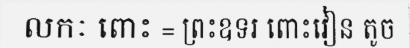
លកៈ ពោះ = ព្រះឧទរ ពោះវៀន តូច